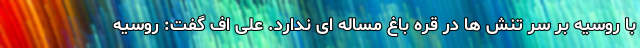
با روسیه بر سر تنش ها در قره باغ مساله ای ندارد. علی اف گفت: روسیه